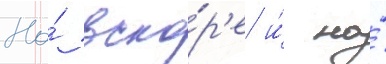
Но́ вско́р'е и́ на́